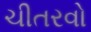
ચીતરવો